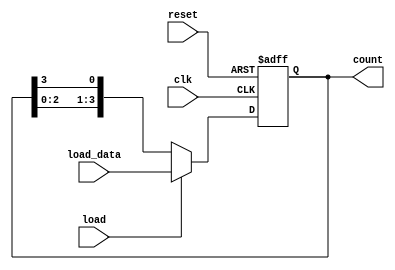
module LoadableRingCounter (
    input wire clk,               // Clock input
    input wire reset,             // Asynchronous reset input
    input wire load,              // Load control signal
    input wire [N-1:0] load_data, // Load data input
    output reg [N-1:0] count      // Counter output
);
    parameter N = 4;              // Parameter for the number of bits in the counter

    always @(posedge clk or posedge reset) begin
        if (reset) begin
            // Asynchronous reset: set all flip-flops to zero
            count <= {N{1'b0}};
        end else if (load) begin
            // Load operation: load the specified value into the counter
            count <= load_data;
        end else begin
            // Counting operation: shift the bits in a ring fashion
            count <= {count[N-2:0], count[N-1]};
        end
    end
endmodule